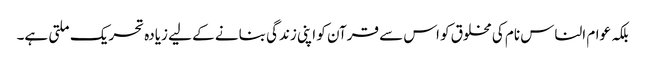
بلکہ عوام الناس نام کی مخلوق کو اس سے قرآن کو اپنی زندگی بنانے کے لیے زیادہ تحریک ملتی ہے۔